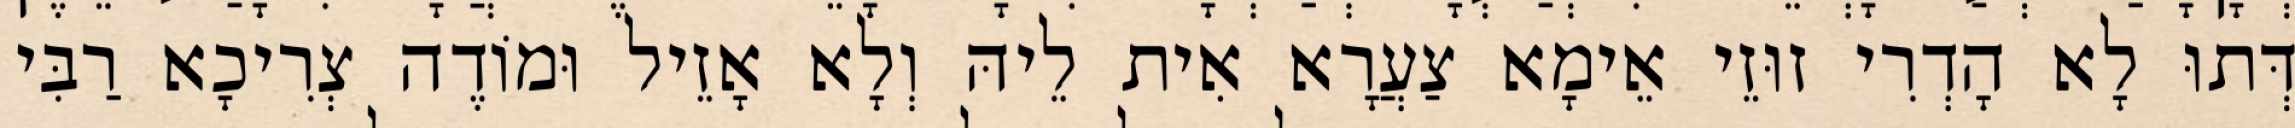
דְּתוּ לָא הָדְרִי זוּזֵי אֵימָא צַעֲרָא אִית לֵיהּ וְלָא אָזֵיל וּמוֹדֶה צְרִיכָא רַבִּי